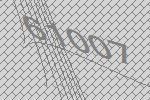
61007